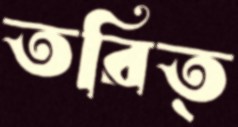
তরিত্